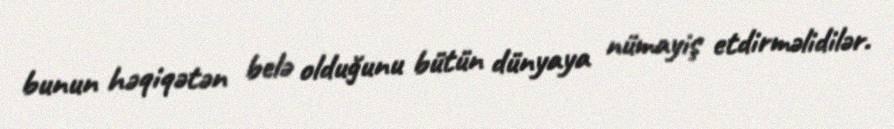
bunun həqiqətən belə olduğunu bütün dünyaya nümayiş etdirməlidilər.